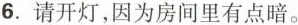
6.请开灯，因为房间里有点暗。